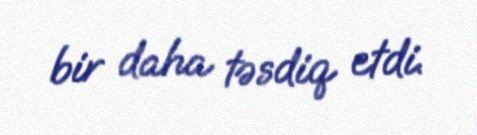
bir daha təsdiq etdi.